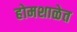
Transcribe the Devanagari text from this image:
होमशाळेत